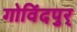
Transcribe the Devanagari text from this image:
गोविंदपुर्